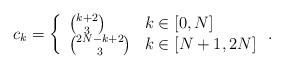
LaTeX: \begin{align*}c_k = \left\{ \begin{array}{ll} {k+2 \choose 3} & k \in [0,N] \\ {2N-k+2 \choose 3} & k \in [N+1,2N] \end{array} \right. .\end{align*}